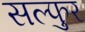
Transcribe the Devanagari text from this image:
सल्फुर